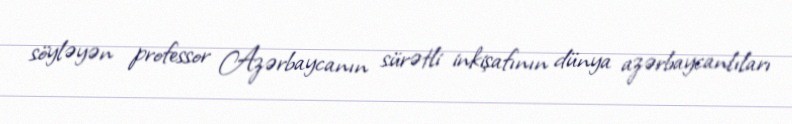
söyləyən professor Azərbaycanın sürətli inkişafının dünya azərbaycanlıları